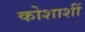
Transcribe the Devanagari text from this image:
कोशाशीं